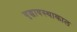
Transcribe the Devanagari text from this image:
वृद्धावस्थाकाल